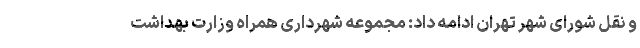
و نقل شورای شهر تهران ادامه داد: مجموعه شهرداری همراه وزارت بهداشت